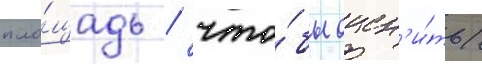
пло́щадь / что́бы оцен'и́ть